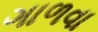
ગાળવા